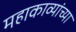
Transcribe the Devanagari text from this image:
महाकाव्यांच्या